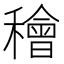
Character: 𥢶